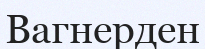
Вагнерден